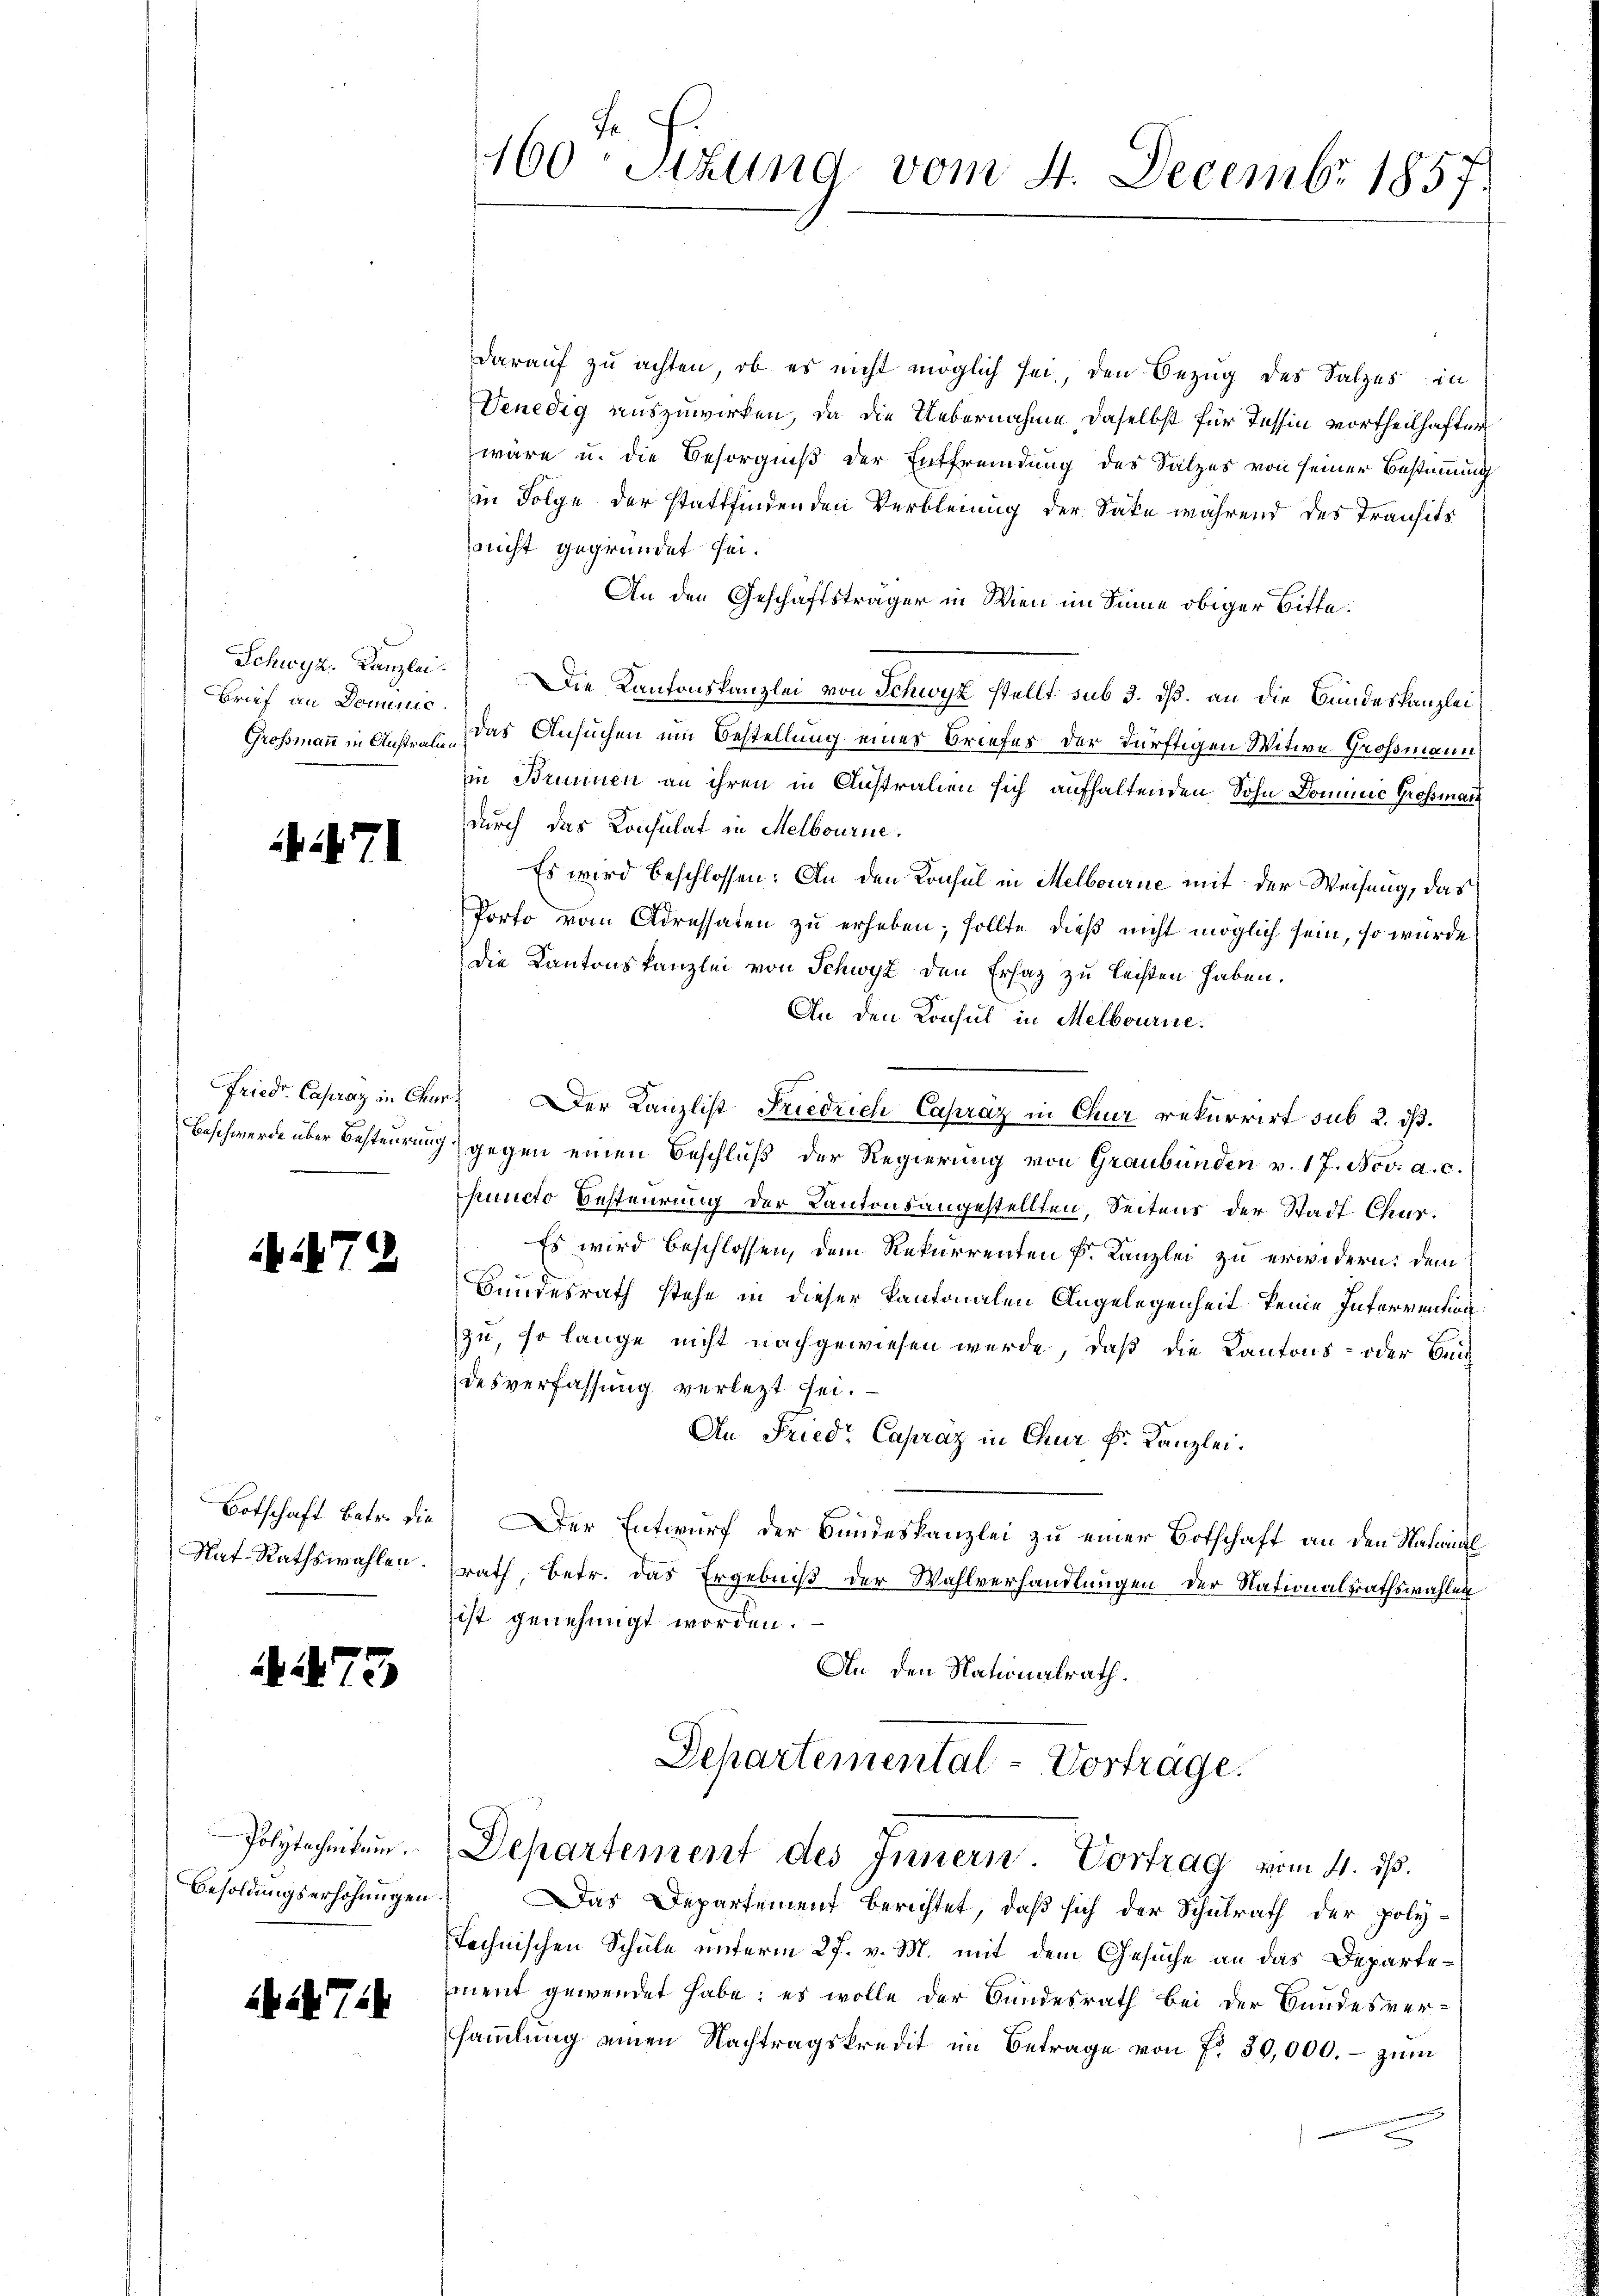
Brief an Dominic

471

472

Botschaft betr. die
Nat-Rathswahlen.

75

Polytechnikum.
Besoldungserhöhungen

27.4

160 Stund vom 4. Decembr 1857.

darauf zu achten, ob es nicht möglich sei, den Bezug des Salzes in
Venedig auszuwirken, da die Uebernahme daselbst für Tessin vortheilhaften
wäre u. die Besorgniß der Entfremdung des Salzes von seiner Bestimmung
in Folge der stattfindenden Verbleinug der Sake während des Transits
nicht gegründet sei.
An den Geschäftsträger in Wien im Sinne obiger Bitte:
Schwyz. Kanzlei. Die Kantonskanzlei von Schwyz stellt sub 3. dß. an die Bundeskanzlei
Großmann in Anstens das Ansuchen um Bestellung eines Briefes der dürftigen Witwe Großmann
im Brunnen an ihren in Anstrauen sich aufhaltenden Sohn Dominic Großmann
durch das Konsulat in Melbourne.
Es wird beschlossen: An den Konsul in Melbourne mit der Weisung, das
Porto vom Adressaten zu erheben; sollte dieß nicht möglich sein, so wurde
die Kantonskanzlei von Schwyz den Ersaz zu leisten haben.
An den Konsul in Melbourne.
Friedr Capraz in Chur. Der Kanzlist Friedrich Capraz in Chur rekurrirt sub 2. dß.
Beschwerde über Besteurung (gegen einen Beschluß der Regierung von Graubünden v. 17. Nov. a. c.
puncto Besteurung der Kantonsangestellten, Seitens der Stadt Chur¬
Es wird beschlossen, dem Rekurrenten k. Kanzlei zu erwidern: dem
Bundesrath stehe in dieser Kantonalen Angelegenheit keine Interrention
zu, so lange nicht nachgewiesen wurde, daß die Kantons- oder Beidesverfassung verletzt sei.
An Fried, Capraz in Chur k. Kanzlei.
) Der Entwurf der Bandeskanzlei zu einer Botschaft an den Natwil
rath, betr. das Ergebniß der Wahlverhandlungen der Nationalrathswahlen
ist genehmigt worden.
An den Nationalrath.
Schartemental-Vortrage.
Departement des Innern. Vortrag vom 4. ds.
Das Departement berichtet, daß sich der Schulrath der poly-
technischen Schule unterm 27. v. M. mit dem Gesuche an das Departement gewendet habe; es wolle der Bundesrath bei der Bundesver-
sammlung einen Nachtragskredit im Betrage von Fr. 30,000.- zum